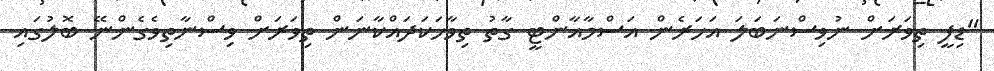
"ޑިފީ ތިވަރަށް ނުވިސްނަބަލަ އަހަރެން އަސްމާއާންޓީ ގާތު ތިވާހަކަދައްކާނަން ތިވަރަށް ވިސްނާތިވެގެންނޭ ބޮލުގައި